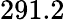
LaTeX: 291.2